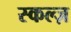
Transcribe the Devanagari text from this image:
स्कल्ज़